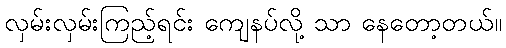
လှမ်းလှမ်းကြည့်ရင်း ကျေနပ်လို့ သာ နေတော့တယ်။